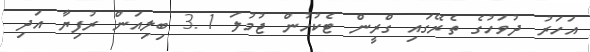
އަހަރު ދުވަހުގެ ތެރޭގައި ގްރީން ޓެކުހުން ޖުމުލަ 3.1 ބިލިއަން ރުފިޔާ އަދި